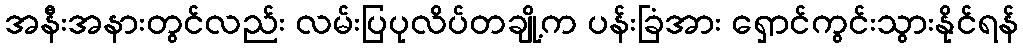
အနီးအနားတွင်လည်း လမ်းပြပုလိပ်တချို့က ပန်းခြံအား ရှောင်ကွင်းသွားနိုင်ရန်